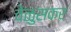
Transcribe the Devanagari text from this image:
वेळुसकर